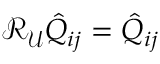
\mathcal { R } _ { \mathcal { U } } \hat { Q } _ { i j } = \hat { Q } _ { i j }